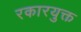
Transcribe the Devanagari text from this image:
रकारयुक्त